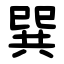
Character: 巽